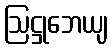
ဩဋ္ဌုဘေယျ